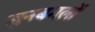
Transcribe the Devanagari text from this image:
जुनबगलों